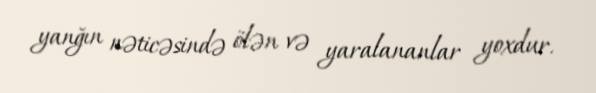
yanğın nəticəsində ölən və yaralananlar yoxdur.